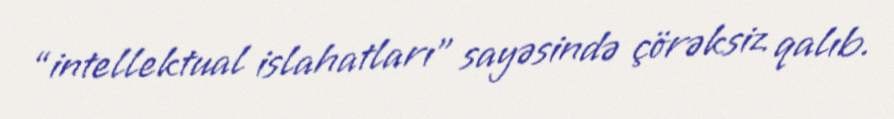
“intellektual islahatları” sayəsində çörəksiz qalıb.